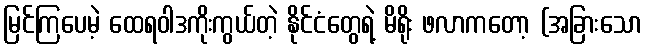
မြင်ကြပေမဲ့ ထေရဝါဒကိုးကွယ်တဲ့ နိုင်ငံတွေရဲ့ မိရိုး ဖလာကတော့ (အခြားသော